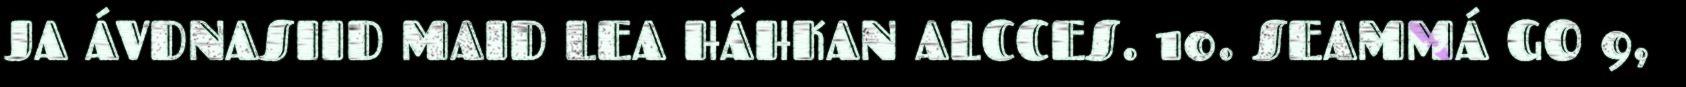
JA ÁVDNASIID MAID LEA HÁHKAN ALCCES. 10. SEAMMÁ GO 9,